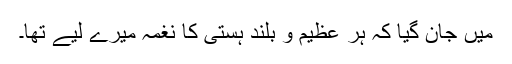
میں جان گیا کہ ہر عظیم و بلند ہستی کا نغمہ میرے لیے تھا۔